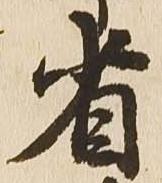
省